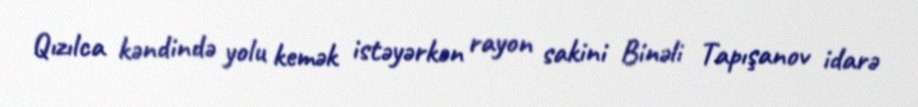
Qızılca kəndində yolu kemək istəyərkən rayon sakini Binəli Tapışanov idarə